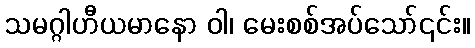
သမဂ္ဂါဟီယမာနော ဝါ၊ မေးစစ်အပ်သော်၎င်း။